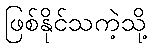
ဖြစ်နိုင်သကဲ့သို့